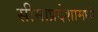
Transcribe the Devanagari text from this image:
सीमाप्रदेशामध्ये